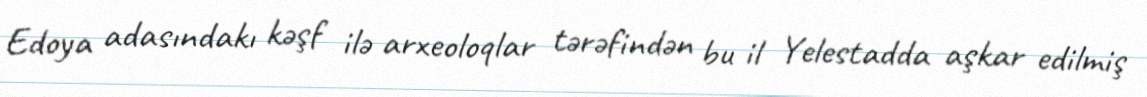
Edoya adasındakı kəşf ilə arxeoloqlar tərəfindən bu il Yelestadda aşkar edilmiş